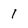
Character: 1